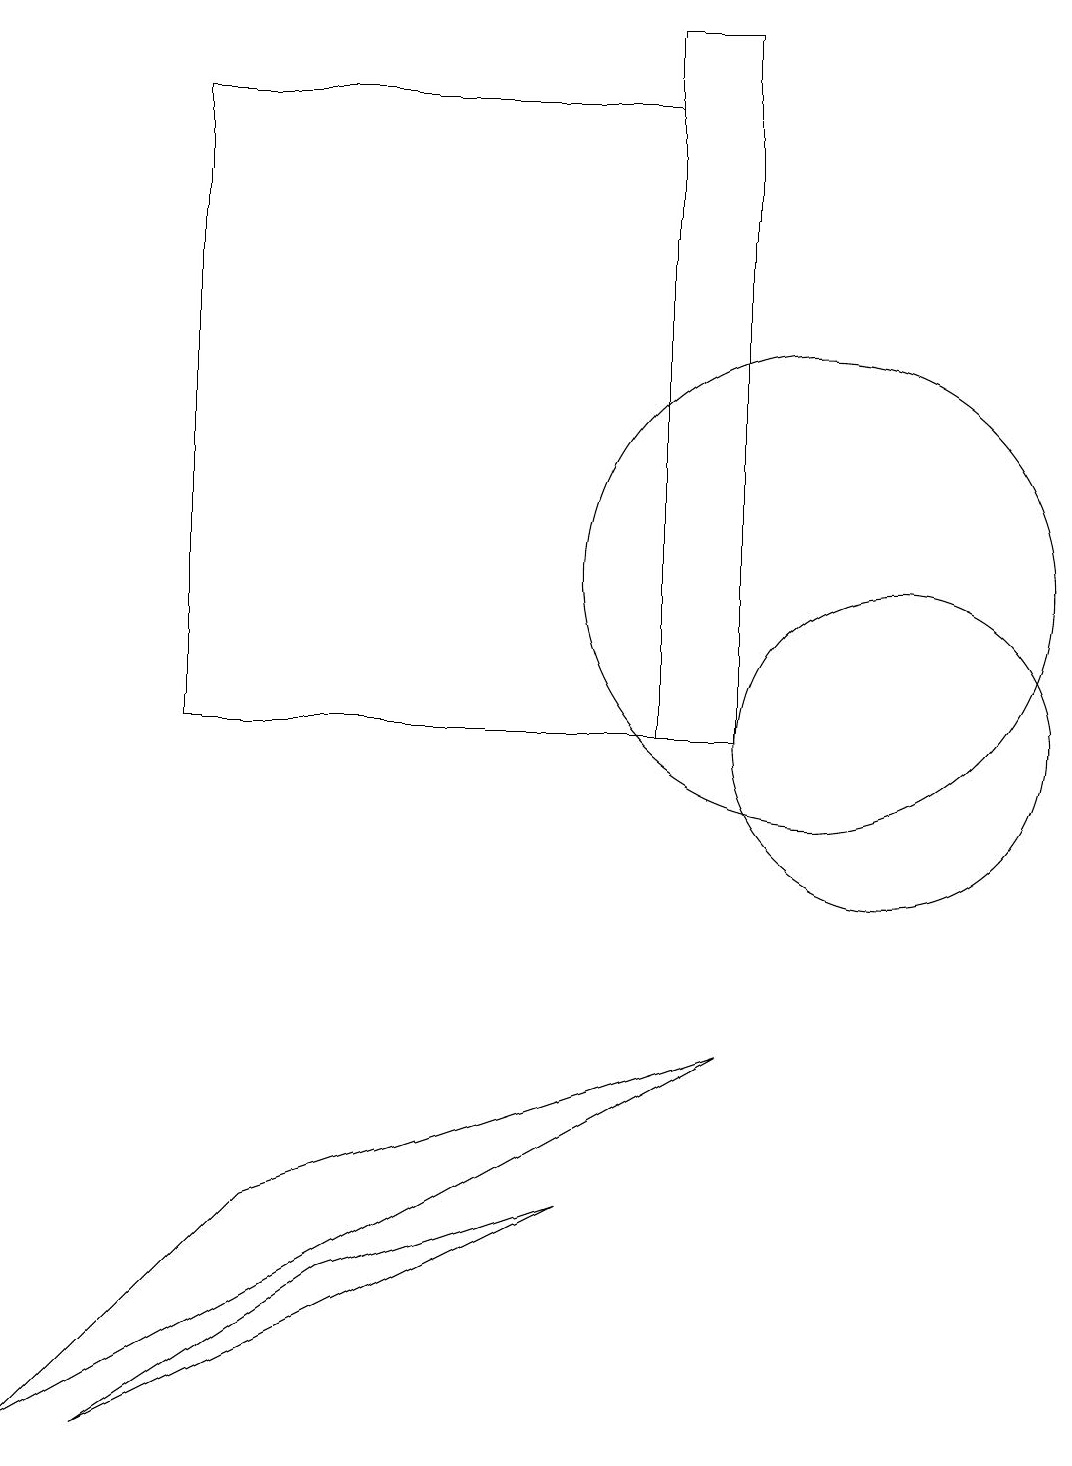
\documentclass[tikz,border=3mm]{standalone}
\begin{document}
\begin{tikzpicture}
\draw (2,18) rectangle (8,10);
\draw (11,10) circle (2);
\draw (8,19) rectangle (9,10);
\draw (10,12) circle (3);
\draw (7,4) -- (1,1) -- (4,3) -- cycle;
\draw (9,6) -- (3,4) -- (0,1) -- cycle;
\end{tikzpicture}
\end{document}